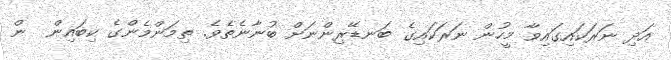
އަދި ނަރަކައިގައިވާ މީހުން ނަރަކައިގެ ބަނޑޭރިންނަށް ބުނާނެތެވެ. ތިމަންމެންގެ ކިބައިން  ން